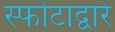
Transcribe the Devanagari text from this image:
स्फोटाद्वारे